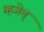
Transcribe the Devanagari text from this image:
म्हञेच्